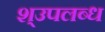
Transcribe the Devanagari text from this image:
श्उपलब्ध